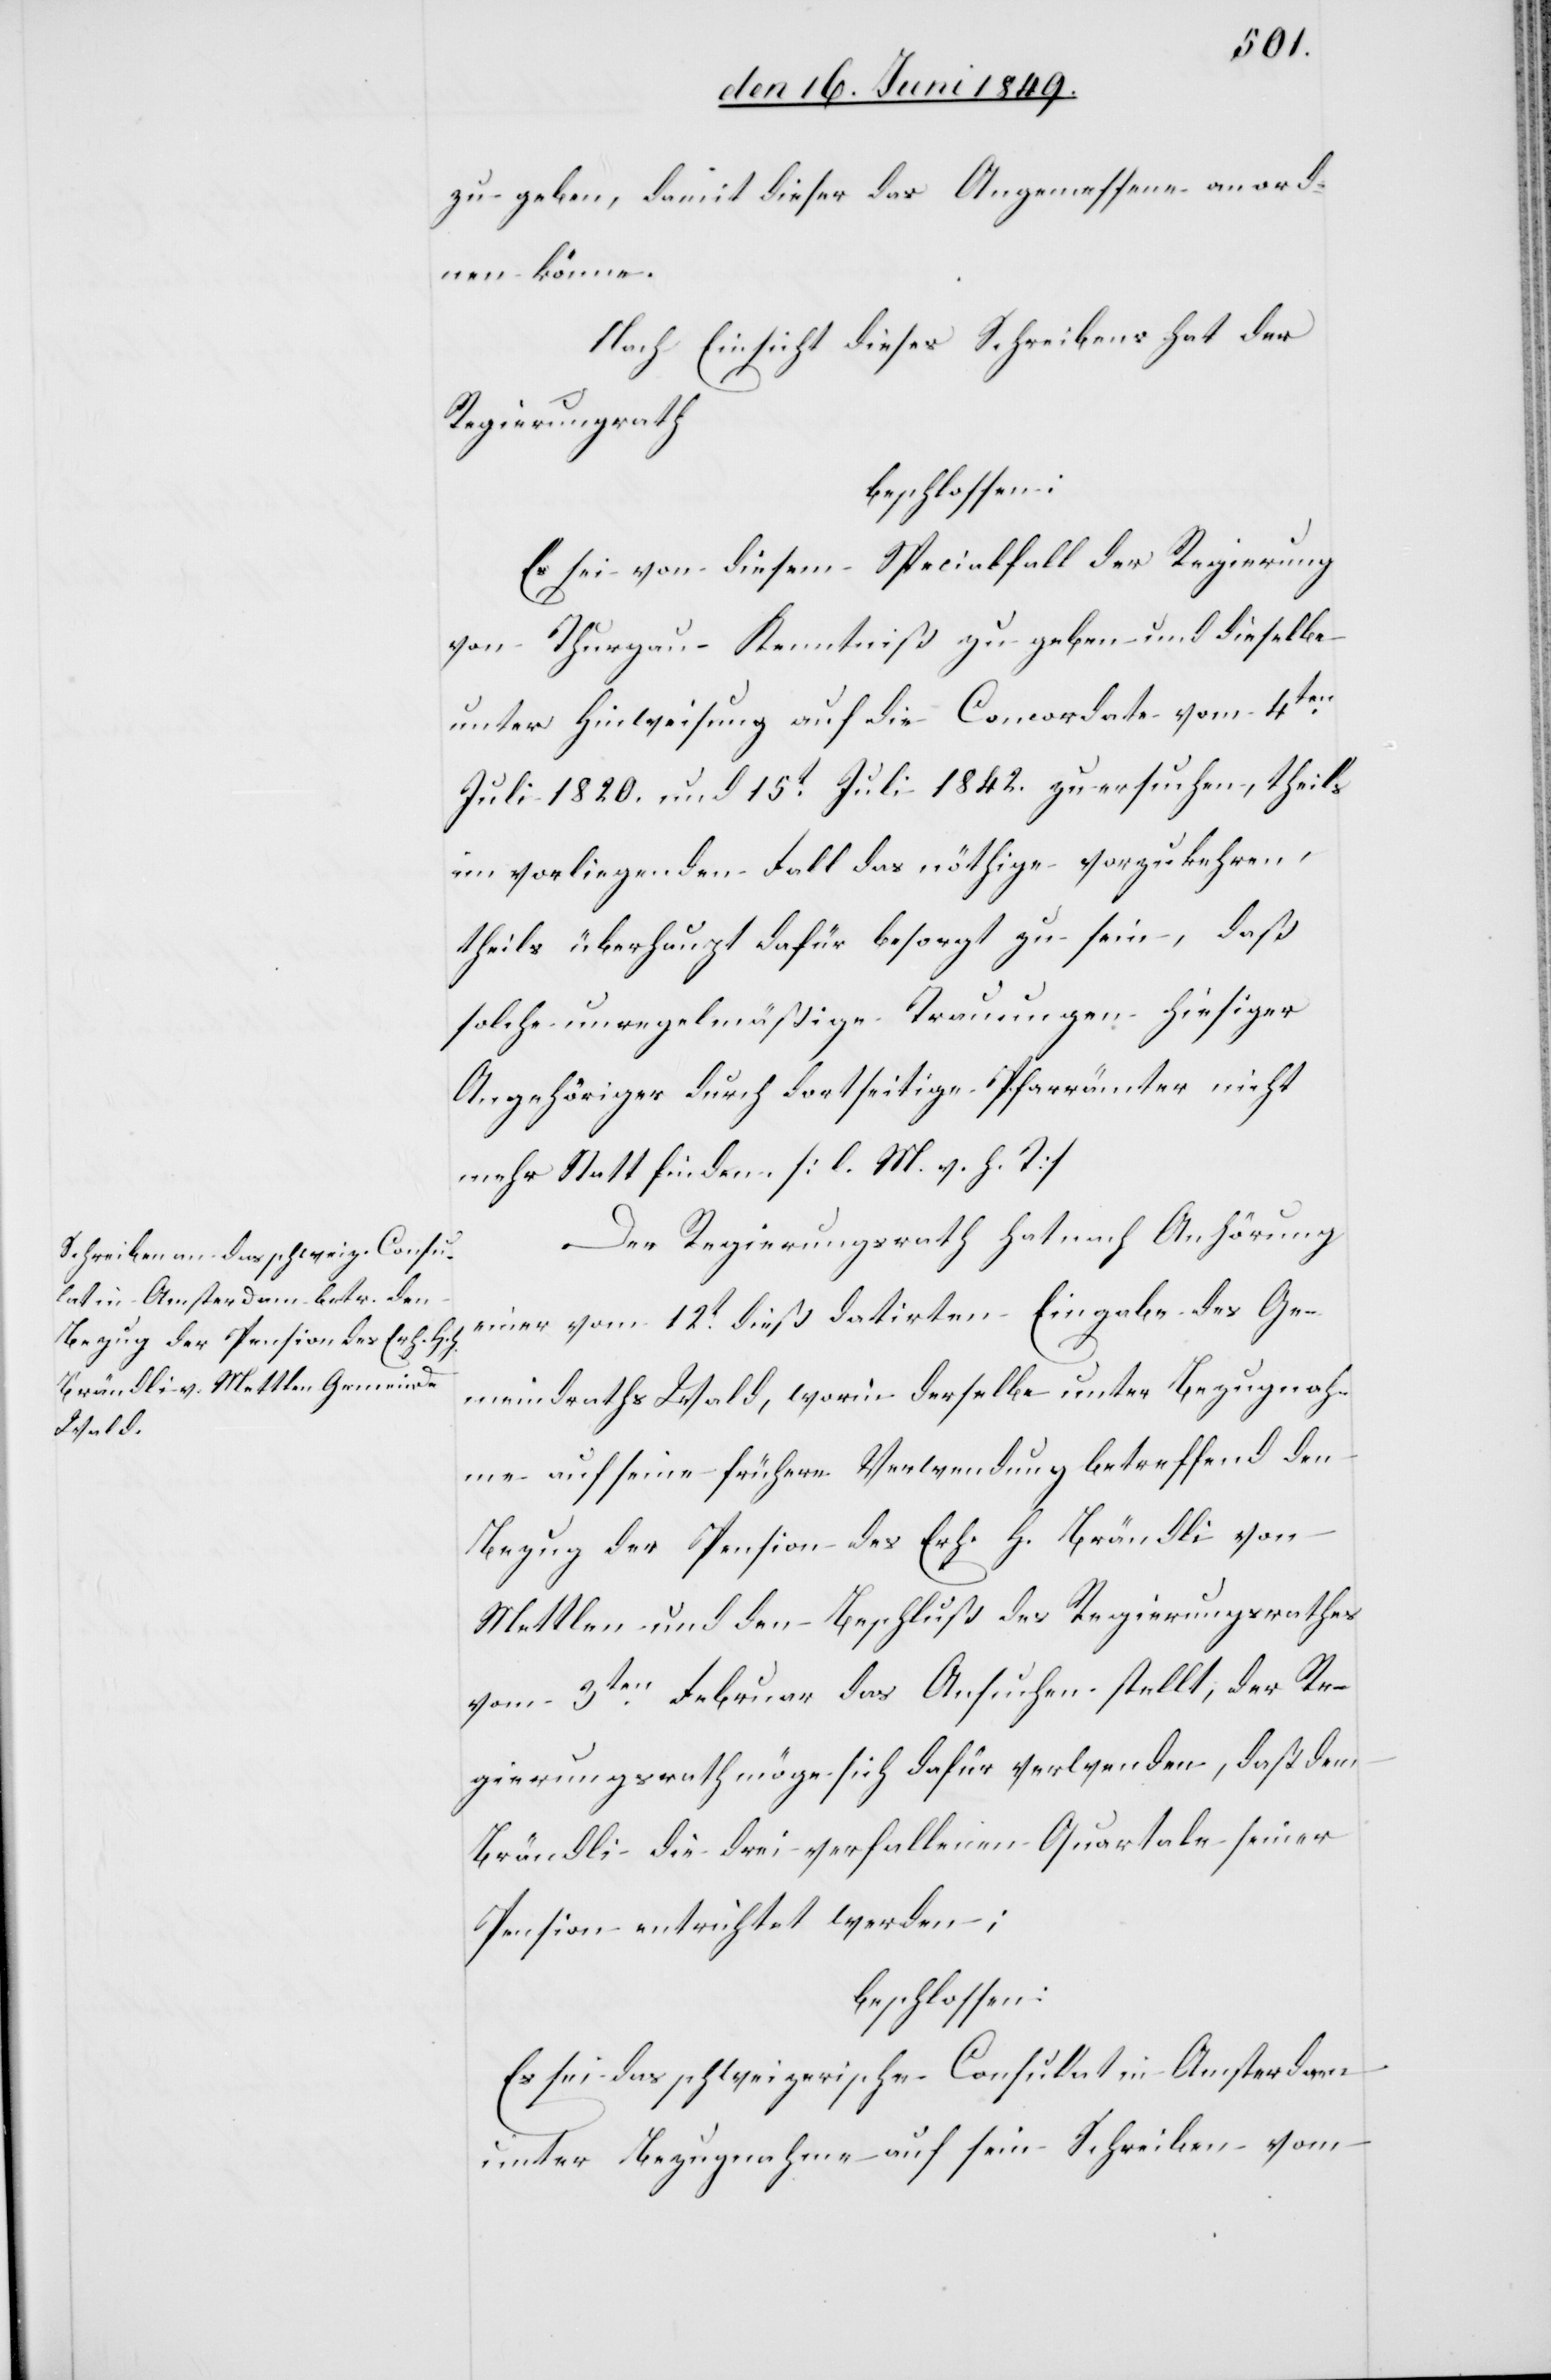
zu geben, damit dieser das Angemessene anord¬
nen könne.
Nach Einsicht dieses Schreibens hat der
Regierungsrath
beschlossen:
Es sei von diesem Specialfall der Regierung
von Thurgau Kenntniß zu geben und dieselbe
unter Hinweisung auf die Concordate vom 4ten
Juli 1820. und 15t Juli 1842. zu ersuchen, theils
im vorliegenden Fall das nöthige vorzukehren,
theils überhaupt dafür besorgt zu sein, daß
solche unregelmäßige Trauungen hiesiger
Angehöriger durch dortseitige Pfarrämter nicht
mehr Statt finden. [l. M. h. T]
Der Regierungsrath hat nach Anhörung
einer vom 12t dieß datirten Eingabe des Ge¬
meindraths Wald, worin derselbe unter Bezugnah¬
me auf seine frühere Verwendung betreffend den
Bezug der Pension des Erh. H. Brändli von
Mettlen und den Beschluß des Regierungsrathes
vom 3ten Februar das Ansuchen stellt, der Re¬
gierungsrath möge sich dafür verwenden, daß dem
Brändli die drei verfallenen Quartale seiner
Pension entrichtet werden;
beschlossen:
Es sei das schweizerische Consulat in Amsterdam
unter Bezugnahme auf sein Schreiben vom